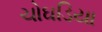
ચોઘડિયા